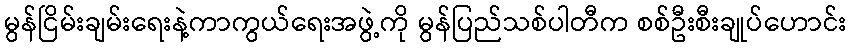
မွန်ငြိမ်းချမ်းရေးနဲ့ကာကွယ်ရေးအဖွဲ့ကို မွန်ပြည်သစ်ပါတီက စစ်ဦးစီးချုပ်ဟောင်း